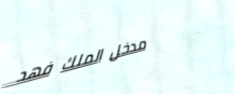
مدخل الملك فهد